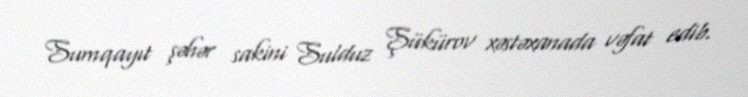
Sumqayıt şəhər sakini Sulduz Şükürov xəstəxanada vəfat edib.